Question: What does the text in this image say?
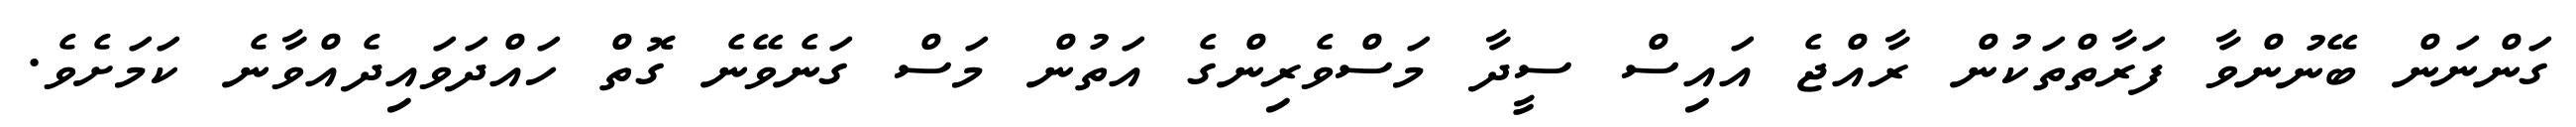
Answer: ގަންނަން ބޭނުންވާ ފަރާތްތަކުން ރާއްޖެ އައިސް ސީދާ މަސްވެރިންގެ އަތުން މަސް ގަނެވޭނެ ގޮތް ހައްދަވައިދެއްވާނެ ކަމަށެވެ.